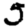
Digit: 5